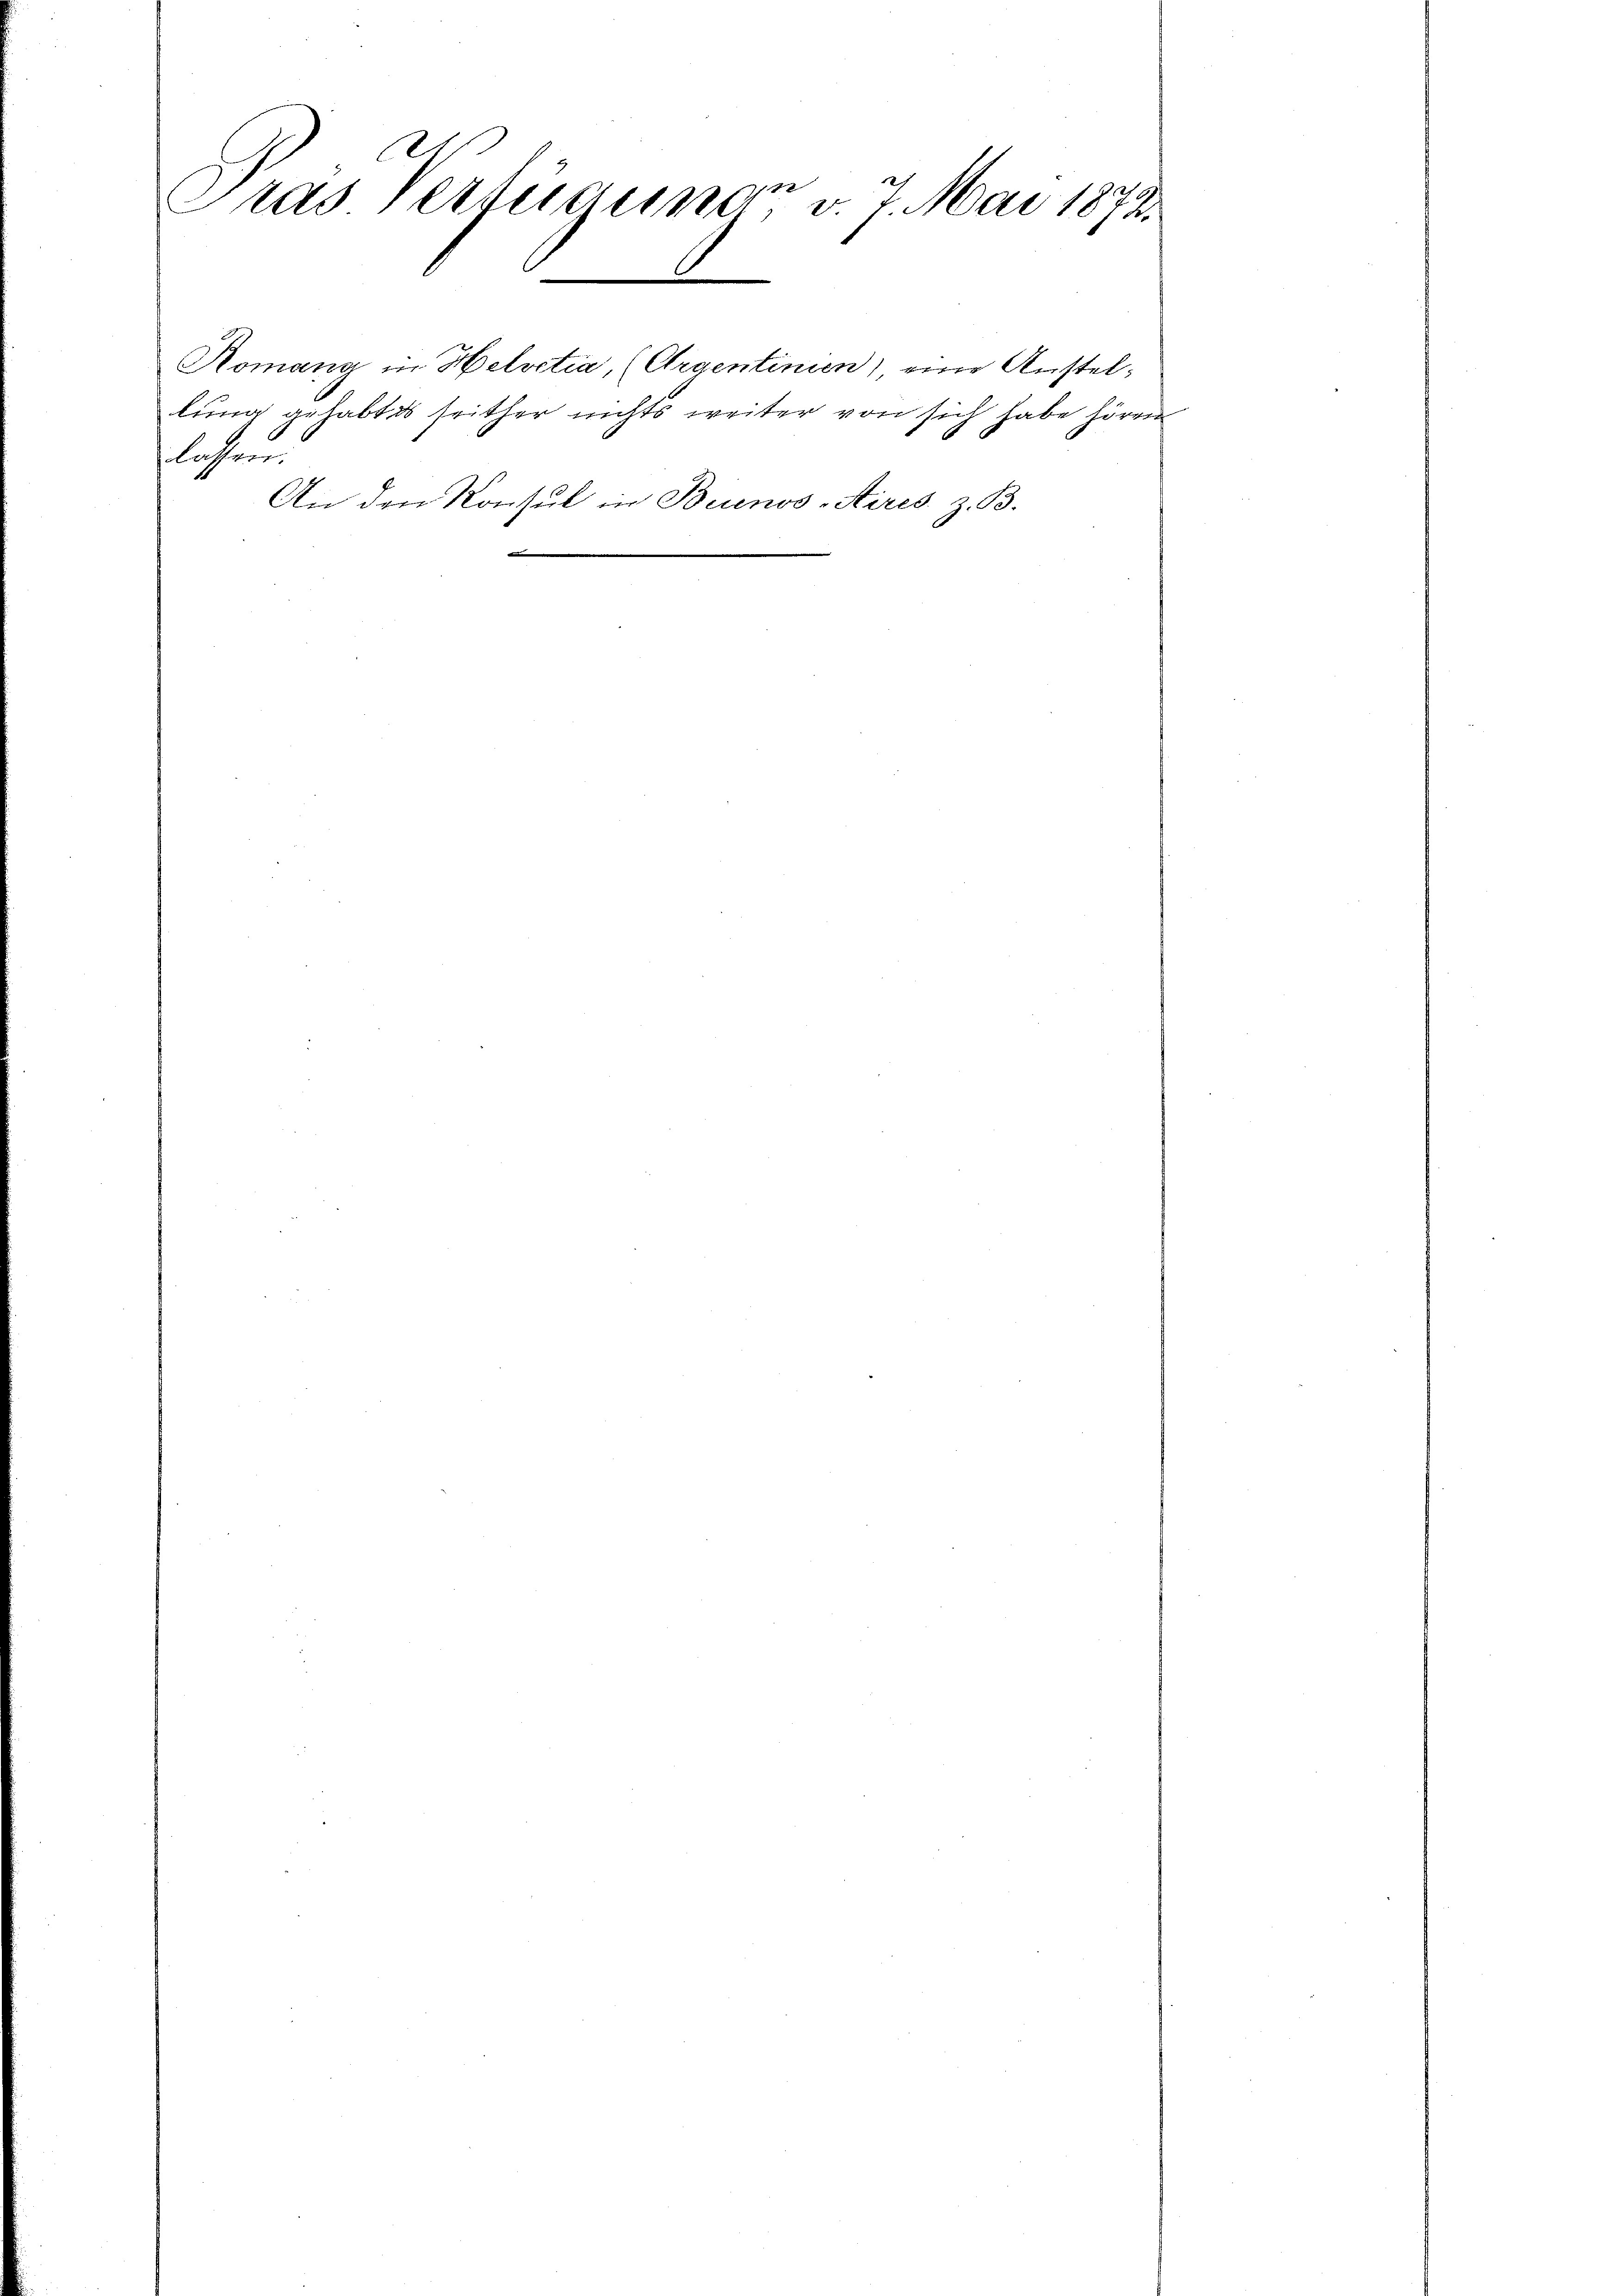
A
x
Pras Vertigung v. 7. Mai 1873.

lahen

Romang in Helvetia, (Argentinien), eine Anstellung gehabt es seither nichts weiter von sich habe hören
An den Konsul in Buenos Aires. z. B.